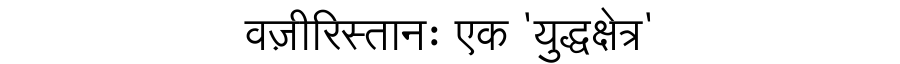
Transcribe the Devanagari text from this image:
वज़ीरिस्तानः एक 'युद्धक्षेत्र'